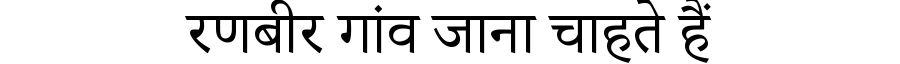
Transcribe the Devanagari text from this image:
रणबीर गांव जाना चाहते हैं